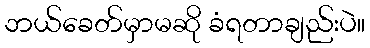
ဘယ်ခေတ်မှာမဆို ခံရတာချည်းပဲ။